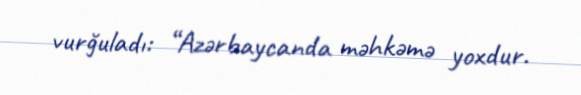
vurğuladı: “Azərbaycanda məhkəmə yoxdur.